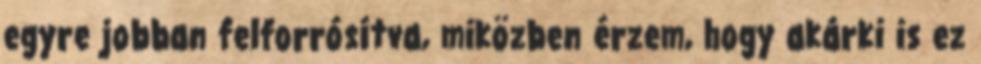
egyre jobban felforrósítva, miközben érzem, hogy akárki is ez